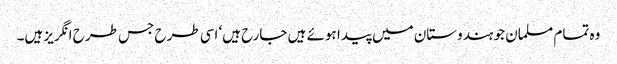
وہ تمام مسلمان جو ہندوستان میں پیدا ہوئے ہیں جارح ہیں‘ اسی طرح جس طرح انگریز ہیں۔